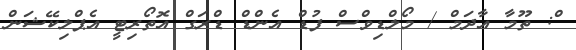
ް: ތޫމާ އާދަމް / މޯލްޑިވްސް ފުޑް އެންޑް ޑްރަގް އޮތޯރިޓީ އެޕްލިކޭޝަން